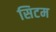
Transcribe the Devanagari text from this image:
सिटम